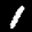
Label: 1